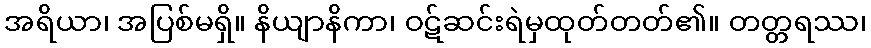
အရိယာ၊ အပြစ်မရှိ။ နိယျာနိကာ၊ ဝဋ်ဆင်းရဲမှထုတ်တတ်၏။ တတ္တရဿ၊